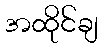
အထိုင်ချ